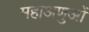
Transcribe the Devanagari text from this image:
महाअणुओं